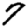
Digit: 7